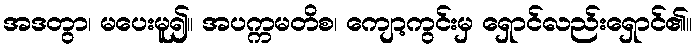
အဒတွာ၊ မပေးမူ၍။ အပက္ကမတိစ၊ ကျော့ကွင်းမှ ရှောင်လည်းရှောင်၏။